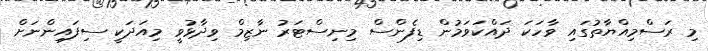
މި ރަސްމިއްޔާތުގައި ވާހަކަ ދައްކަވަމުން ޑިފެންސް މިނިސްޓަރު ނާޒިމް ވިދާޅުވީ މިއަދަކީ ސިފައިންނަށް